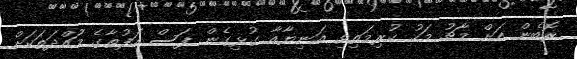
ރޮބެން އަށް މާޗު މަހު ކުރިމަތިިވި އަނިޔާއާ ގުޅިގެން ފަސް ހަފުތާގެ މުައްދަތަކަށް